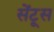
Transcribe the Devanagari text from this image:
सेंटूस